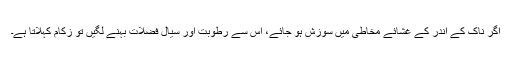
اگر ناک کے اندر کے غشائے مخاطی میں سوزش ہو جائے، اس سے رطوبت اور سیال فضلات بہنے لگیں تو زکام کہلاتا ہے۔